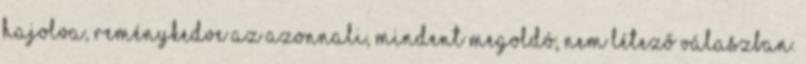
hajolva, reménykedve az azonnali, mindent megoldó, nem létező válaszban.